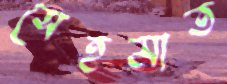
সেহমাত